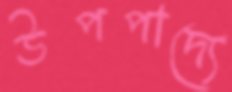
উপপাদ্যে